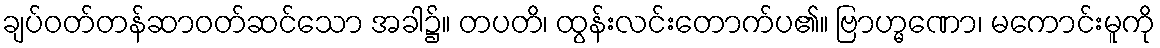
ချပ်ဝတ်တန်ဆာဝတ်ဆင်သော အခါ၌။ တပတိ၊ ထွန်းလင်းတောက်ပ၏။ ဗြာဟ္မဏော၊ မကောင်းမူကို